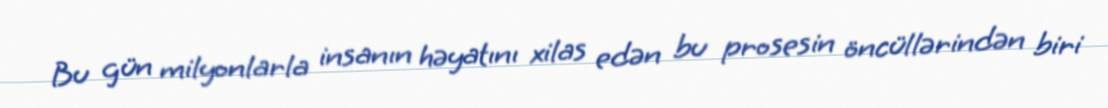
Bu gün milyonlarla insanın həyatını xilas edən bu prosesin öncüllərindən biri